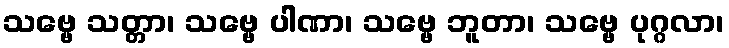
သဗ္ဗေ သတ္တာ၊ သဗ္ဗေ ပါဏာ၊ သဗ္ဗေ ဘူတာ၊ သဗ္ဗေ ပုဂ္ဂလာ၊